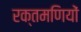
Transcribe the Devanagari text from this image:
रक्तमणियों